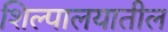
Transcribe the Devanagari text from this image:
शिल्पालयातील